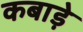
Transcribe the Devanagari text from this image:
कबाड़े